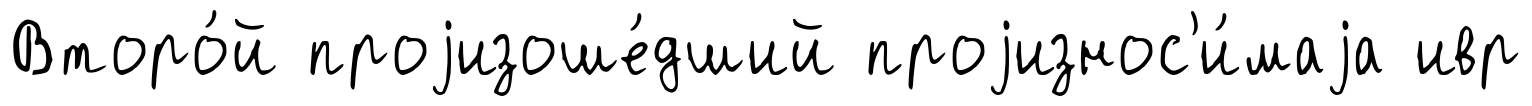
Второ́й проjизоше́дший проjизнос'и́маjа ивр